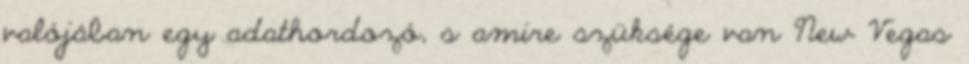
valójában egy adathordozó, s amire szüksége van New Vegas